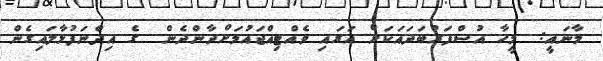
މާނައީ:  މީހާ އުސްފަރުބަދައަކަށް އަރައި ވެއްޓިއްޖައުމަށްދާންދެން  ގެ އިޛްނަފުޅާލައިގެން